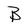
Character: B